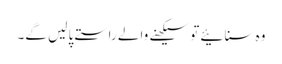
وہ سنائیے تو سیکھنے والے راستے پا لیں گے۔